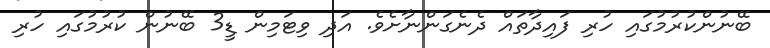
ބޭނުންކުރުމުގައި ހުރި ފައިދާތައް ދެނެގަންނާށެވެ. އަދި ވިޓަމިން ޑީ3 ބޭނުން ކުރުމުގައި ހުރި